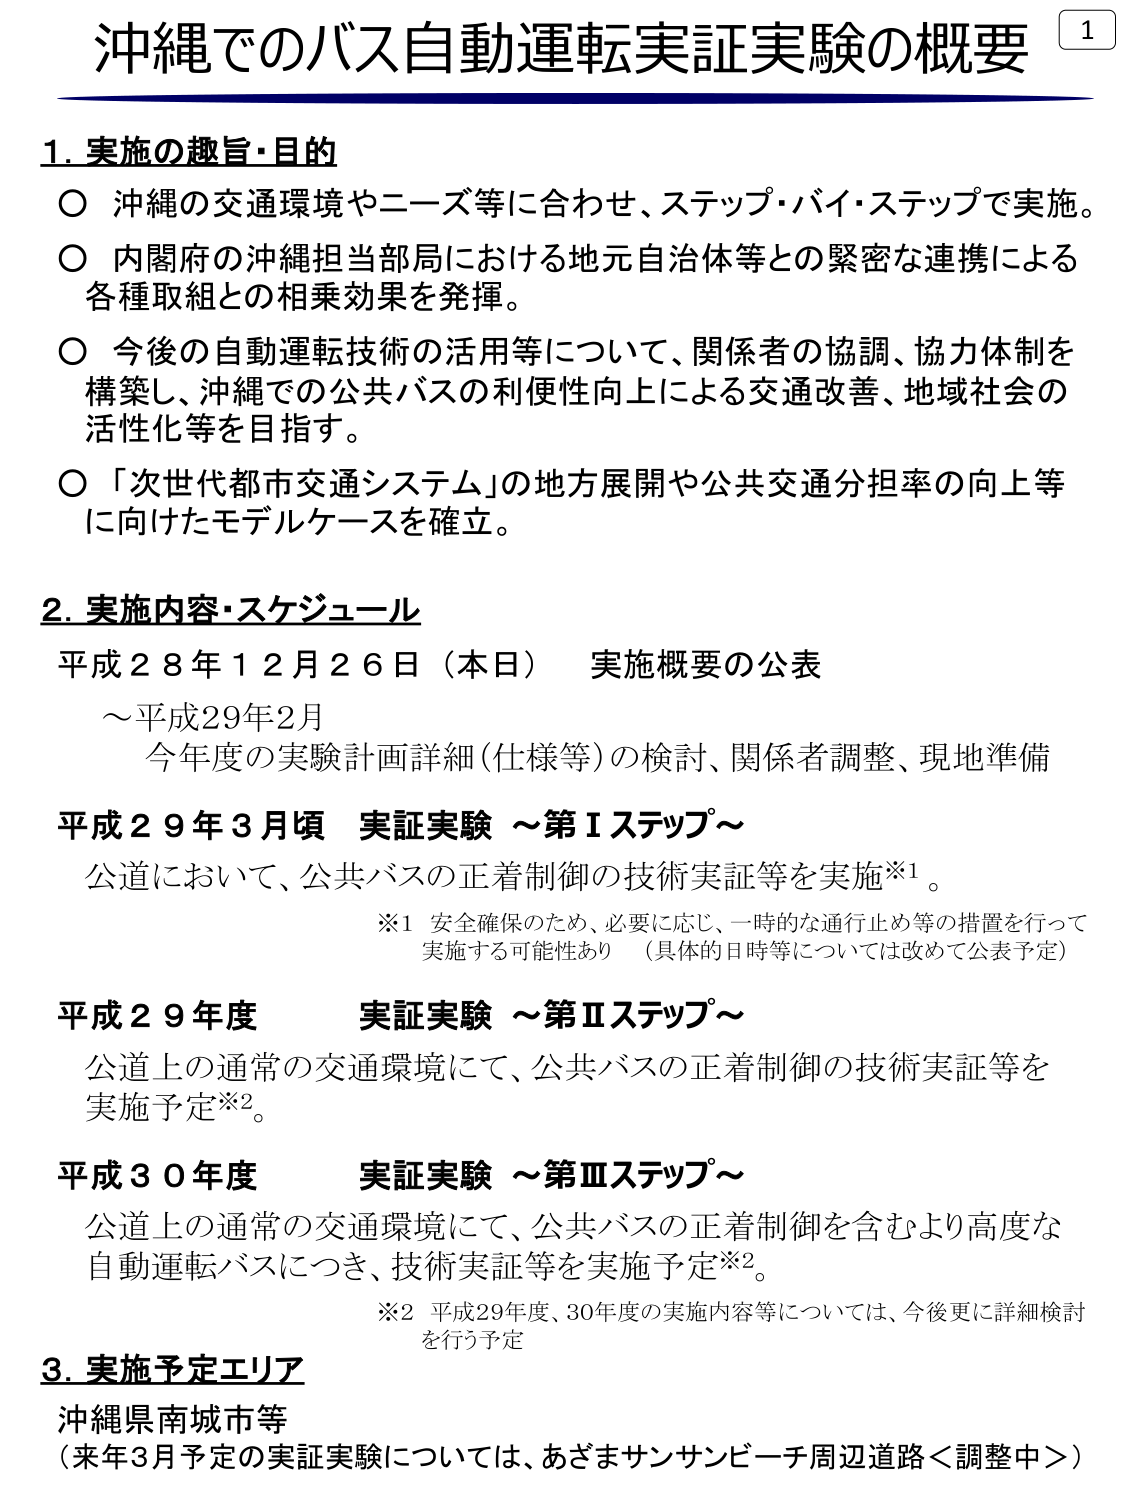
沖縄でのバス自動運転実証実験の概要

1. 実施の趣旨・目的
○ 沖縄の交通環境やニーズ等に合わせ、ステップ・バイ・ステップで実施。
○ 内閣府の沖縄担当部局における地元自治体等との緊密な連携による各種取組との相乗効果を発揮。
○ 今後の自動運転技術の活用等について、関係者の協調、協力体制を構築し、沖縄での公共バスの利便性向上による交通改善、地域社会の活性化等を目指す。
○ 「次世代都市交通システム」の地方展開や公共交通分担率の向上等に向けたモデルケースを確立。

2. 実施内容・スケジュール
平成28年12月26日（本日） 実施概要の公表
～平成29年2月
今年度の実験計画詳細（仕様等）の検討、関係者調整、現地準備

平成29年3月頃 実証実験 ～第Ⅰステップ～
公道において、公共バスの正着制御の技術実証等を実施※1。
※1 安全確保のため、必要に応じ、一時的な通行止め等の措置を行って実施する可能性あり （具体的日時等については改めて公表予定）

平成29年度 実証実験 ～第Ⅱステップ～
公道上の通常の交通環境にて、公共バスの正着制御の技術実証等を実施予定※2。

平成30年度 実証実験 ～第Ⅲステップ～
公道上の通常の交通環境にて、公共バスの正着制御を含むより高度な自動運転バスにつき、技術実証等を実施予定※2。
※2 平成29年度、30年度の実施内容等については、今後更に詳細検討を行う予定

3. 実施予定エリア
沖縄県南城市等
（来年3月予定の実証実験については、あざまサンサンビーチ周辺道路＜調整中＞）